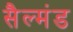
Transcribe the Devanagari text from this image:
सैल्मंड